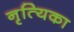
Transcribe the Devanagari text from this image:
नृत्यिका